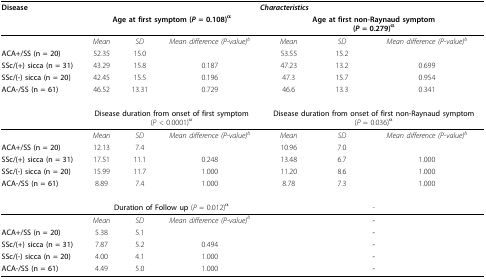
<table><thead><tr><td><b>Disease</b></td><td colspan="6"><b><i>Characteristics</i></b></td></tr><tr><td></td><td colspan="3"><b>Age at first symptom (<i>P </i>= 0.108)<sup>α</sup></b></td><td colspan="3"><b>Age at first non-Raynaud symptom(<i>P </i>= 0.279)<sup>α</sup></b></td></tr></thead><tbody><tr><td></td><td><i>Mean</i></td><td><i>SD</i></td><td><i>Mean difference (P-value)</i><sup><i>b</i></sup></td><td><i>Mean</i></td><td><i>SD</i></td><td><i>Mean difference (P-value)</i><sup><i>b</i></sup></td></tr><tr><td><b>ACA+/SS (n = 20)</b></td><td>52.35</td><td>15.0</td><td></td><td>53.55</td><td>15.2</td><td></td></tr><tr><td><b>SSc/(+) sicca (n = 31)</b></td><td>43.29</td><td>15.8</td><td>0.187</td><td>47.23</td><td>13.2</td><td>0.699</td></tr><tr><td><b>SSc/(-) sicca (n = 20)</b></td><td>42.45</td><td>15.5</td><td>0.196</td><td>47.3</td><td>15.7</td><td>0.954</td></tr><tr><td><b>ACA-/SS (n = 61)</b></td><td>46.52</td><td>13.31</td><td>0.729</td><td>46.6</td><td>13.3</td><td>0.341</td></tr><tr><td></td><td colspan="3"><b>Disease duration from onset of first symptom </b>(<i>P </i>&lt; 0.0001)<sup>α</sup></td><td colspan="3"><b>Disease duration from onset of first non-Raynaud symptom </b>(<i>P </i>= 0.036)<sup>α</sup></td></tr><tr><td></td><td><i>Mean</i></td><td><i>SD</i></td><td><i>Mean difference (P-value)</i><sup><i>b</i></sup></td><td><i>Mean</i></td><td><i>SD</i></td><td><i>Mean difference (P-value)</i><sup><i>b</i></sup></td></tr><tr><td><b>ACA+/SS (n = 20)</b></td><td>12.13</td><td>7.4</td><td></td><td>10.96</td><td>7.0</td><td></td></tr><tr><td><b>SSc/(+) sicca (n = 31)</b></td><td>17.51</td><td>11.1</td><td>0.248</td><td>13.48</td><td>6.7</td><td>1.000</td></tr><tr><td><b>SSc/(-) sicca (n = 20)</b></td><td>15.99</td><td>11.7</td><td>1.000</td><td>11.20</td><td>8.6</td><td>1.000</td></tr><tr><td><b>ACA-/SS (n = 61)</b></td><td>8.89</td><td>7.4</td><td>1.000</td><td>8.78</td><td>7.3</td><td>1.000</td></tr><tr><td></td><td colspan="3"><b>Duration of Follow up </b>(<i>P </i>= 0.012)<sup>α</sup></td><td colspan="3">-</td></tr><tr><td></td><td><i>Mean</i></td><td><i>SD</i></td><td><i>Mean difference (P-value)</i><sup><i>b</i></sup></td><td colspan="3"><b>-</b></td></tr><tr><td><b>ACA+/SS (n = 20)</b></td><td>5.38</td><td>5.1</td><td></td><td colspan="3"><b>-</b></td></tr><tr><td><b>SSc/(+) sicca (n = 31)</b></td><td>7.87</td><td>5.2</td><td>0.494</td><td colspan="3"><b>-</b></td></tr><tr><td><b>SSc/(-) sicca (n = 20)</b></td><td>4.00</td><td>4.1</td><td>1.000</td><td colspan="3"><b>-</b></td></tr><tr><td><b>ACA-/SS (n = 61)</b></td><td>4.49</td><td>5.0</td><td>1.000</td><td colspan="3"><b>-</b></td></tr></tbody></table>